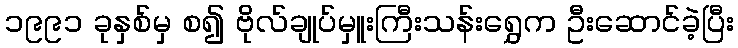
၁၉၉၁ ခုနှစ်မှ စ၍ ဗိုလ်ချုပ်မှူးကြီးသန်းရွှေက ဦးဆောင်ခဲ့ပြီး